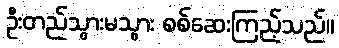
ဦးတည်သွားမသွား စစ်ဆေးကြည့်သည်။